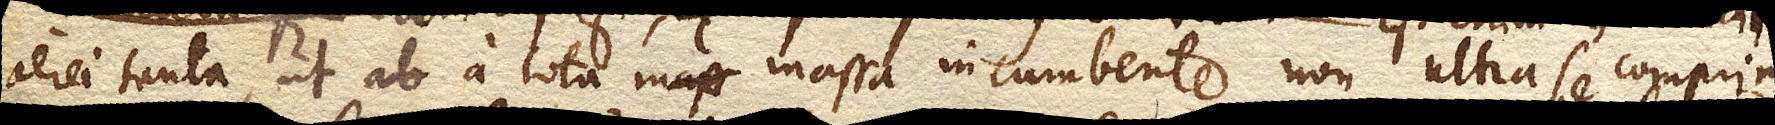
aerei tanta, ut a tota massa incumbente non ultra se comprimi